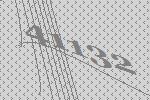
41132